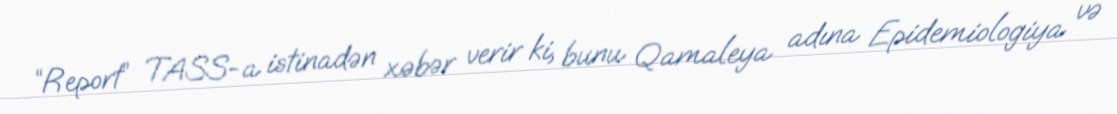
“Report” TASS-a istinadən xəbər verir ki, bunu Qamaleya adına Epidemiologiya və